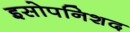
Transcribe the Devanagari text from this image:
इसोपनिशद